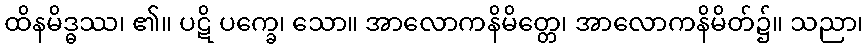
ထိနမိဒ္ဓဿ၊ ၏။ ပဋိ ပက္ခေ၊ သော။ အာလောကနိမိတ္တေ၊ အာလောကနိမိတ်၌။ သညာ၊